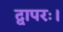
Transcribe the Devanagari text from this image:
द्वापरः।